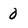
Character: 0